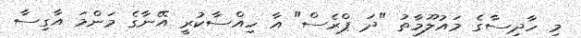
މި ހާދިސާގެ މައުލޫމާތު "ދަ ޕްރެސް" އާ ހިއްސާކުރީ އޭނާގެ މަންމަ އާގިސާ